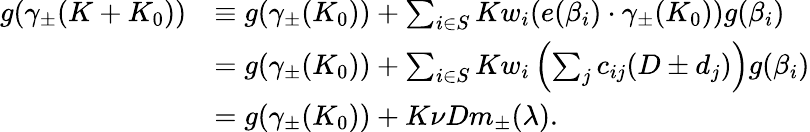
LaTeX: \begin{array}{rl}{g(\gamma_{\pm}(K+K_{0}))}&{\equiv g(\gamma_{\pm}(K_{0}))+\sum_{i\in S}Kw_{i}(e(\beta_{i})\cdot\gamma_{\pm}(K_{0}))g(\beta_{i})}\\ &{=g(\gamma_{\pm}(K_{0}))+\sum_{i\in S}Kw_{i}\left(\sum_{j}c_{ij}(D\pm d_{j})\right)g(\beta_{i})}\\ &{=g(\gamma_{\pm}(K_{0}))+K\nu Dm_{\pm}(\lambda).}\end{array}